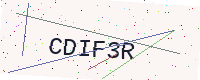
Text: CDIF3R